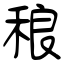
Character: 稂